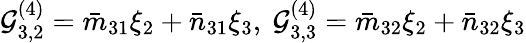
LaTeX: \mathcal{G}_{3,2}^{(4)}=\bar{m}_{31}\xi_{2}+\bar{n}_{31}\xi_{3},~\mathcal{G}_{3,3}^{(4)}=\bar{m}_{32}\xi_{2}+\bar{n}_{32}\xi_{3}